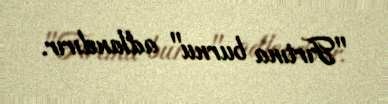
"Fırtına burnu" adlandırır.